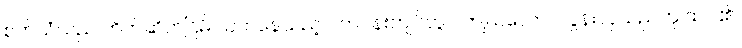
စက်သံသည် တိတ်ဆိတ်ငြိမ် သက်နေသည့် ပတ်ဝန်းကျင်တွင် ကျယ်လောင်လွန်းလှသည်ဟု ထင်၏။